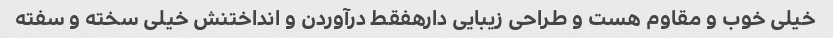
خیلی خوب و مقاوم هست و طراحی زیبایی دارهفقط درآوردن و انداختنش خیلی سخته و سفته